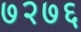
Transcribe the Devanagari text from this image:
७२७६